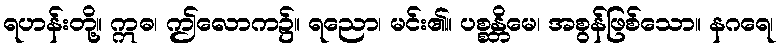
ရဟန်းတို့။ ဣဓ၊ ဤလောက၌။ ရညော၊ မင်း၏။ ပစ္စန္တိမေ၊ အစွန်ဖြစ်သော။ နဂရေ၊